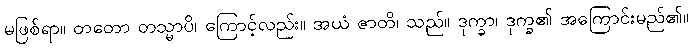
မဖြစ်ရာ။ တတော တသ္မာပိ၊ ကြောင့်လည်း။ အယံ ဇာတိ၊ သည်။ ဒုက္ခာ၊ ဒုက္ခ၏ အကြောင်းမည်၏။